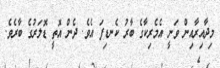
މިދާއިރާއިން ވަނީ އެމެރިކާގެ ބާރު ކެނޑިފަ އެވެ. ދެން އޮތީ ޑޮލަރުގެ ބާރެވެ.